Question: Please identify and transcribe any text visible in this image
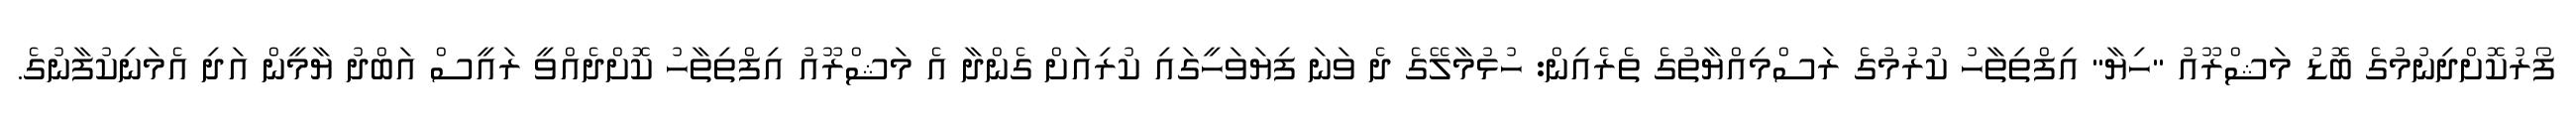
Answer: ފޯރުކޮށްދިނުމުގެ ބޮޑު މަޝްރޫއު "ހިޔާ" އިފްތިތާހު ކުރުމުގެ ރަސްމިއްޔާތުގެ ތެރެއިން: ހުޅުމާލޭގެ ދެ ވަނަ ފިޔަވަހީގައި ކުރިއަށް ގެންދާ އެ މަޝްރޫއު އިފްތިތާހު ކޮށްދެއްވީ ރައީސް އަބްދު ޔާމީން އަދި އެމަނިކުފާނުގެ.